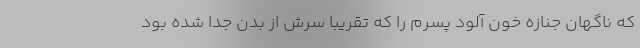
که ناگهان جنازه خون آلود پسرم را که تقریبا سرش از بدن جدا شده بود